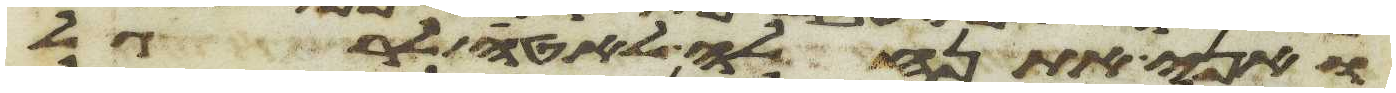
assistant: ואני אתנהלה לאטי לרגל